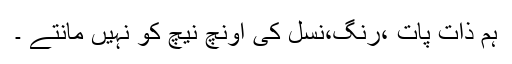
ہم ذات پات ،رنگ،نسل کی اونچ نیچ کو نہیں مانتے ۔